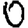
Digit: 0